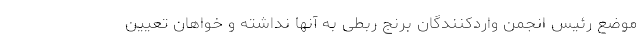
موضع رئیس انجمن واردکنندگان برنج ربطی به آنها نداشته و خواهان تعیین